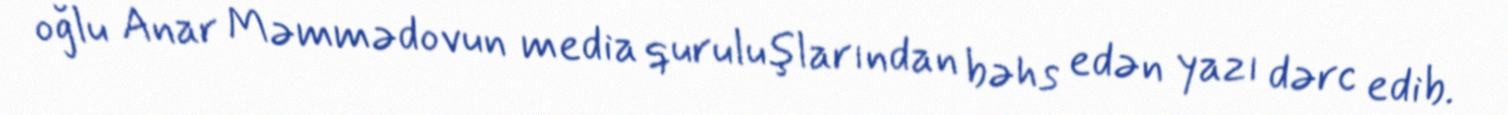
oğlu Anar Məmmədovun media quruluşlarından bəhs edən yazı dərc edib.